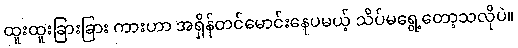
ထူးထူးခြားခြား ကားဟာ အရှိန်တင်မောင်းနေပမယ့် သိပ်မရွေ့တော့သလိုပဲ။